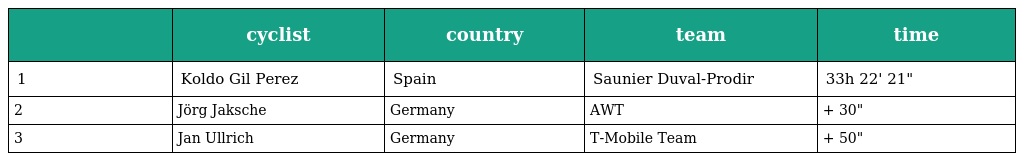
|  | cyclist | country | team | time |
 | --- | --- | --- | --- | --- |
 | 1 | Koldo Gil Perez | Spain | Saunier Duval-Prodir | 33h 22' 21" |
 | 2 | Jörg Jaksche | Germany | AWT | + 30" |
 | 3 | Jan Ullrich | Germany | T-Mobile Team | + 50" |